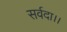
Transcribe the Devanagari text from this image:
सर्वदा।।